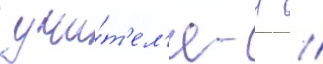
учи́т'ел'я - н //